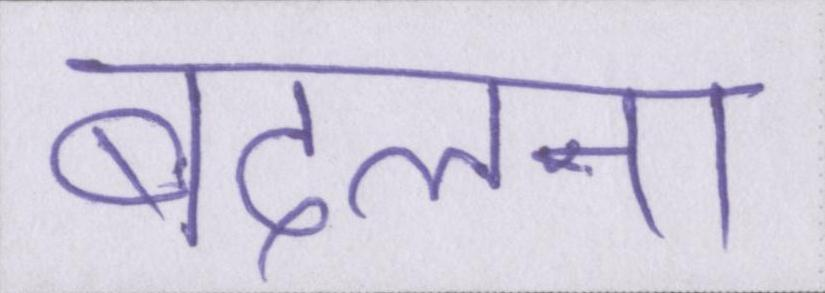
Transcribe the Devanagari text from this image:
बदलना